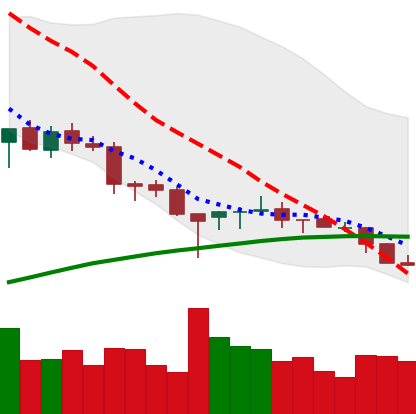
Ticker: ETH-USD
Chart end date: 2018-03-28
Forward return: -13.412%
Label: down_7plus